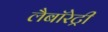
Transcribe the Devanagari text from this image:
लैबॉरेट्री